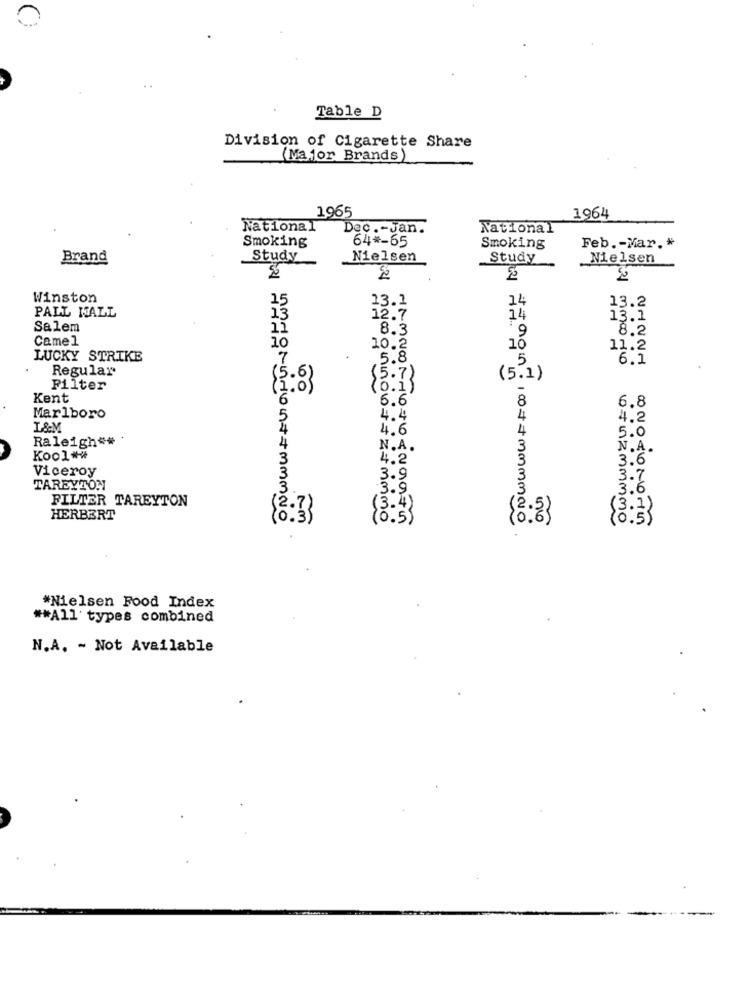
Table D
Division of Cigarette Share
(Major Brands)
1965
1964
National
Dec .- Jan.
National
Smoking
64 *- 65
Smoking
Feb .- Mar .*
Brand
Study
Nielsen
Study
Nielsen
1.2
5h21
Winston
15
13.1
14
13.2
13
PALL MALL
12.7
14
13.1
Salem
11
8.3
9
8.2
Camel
10
10
10.2
11.2
LUCKY STRIKE
5.8
5
6.1
Regular
(5.6)
(5.1)
Filter
(1.0)
Kent
6
6.6
8
6.8
Marlboro
5
4.4
4
4.2
I.&M
4.6
4
5.0
Raleigh ==
4
N.A.
N. A.
Kool **
4,2
3.6
Viceroy
3.9
3.7
TAREYTON
3.5
3.6
FILTER TAREYTON
(2.7)
(3.4)
HERBERT
(0.5)
100=+=+mmmmaio
*Nielsen Food Index
** All types combined
N.A. - Not Available